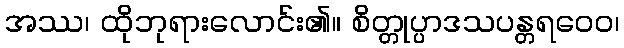
အဿ၊ ထိုဘုရားလောင်း၏။ စိတ္တုပ္ပာဒသပန္တရဝေဝ၊